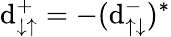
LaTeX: \mathrm{d}_{\downarrow\uparrow}^{+}=-(\mathrm{d}_{\uparrow\downarrow}^{-})^{*}